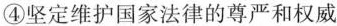
④坚定维护国家法律的尊严和权威